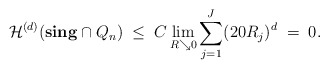
\begin{align*} \mathcal{H}^{(d)} ( \mathbf{sing} \cap Q_n ) \; \le \; C \lim_{R \searrow 0} \sum_{j=1}^J (20R_j)^{d} \; = \; 0.\end{align*}